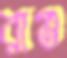
রাগু